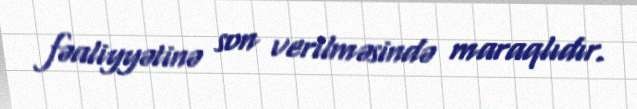
fəaliyyətinə son verilməsində maraqlıdır.